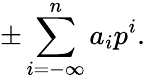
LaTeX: \pm\sum_{i=-\infty}^{n}a_{i}p^{i}.